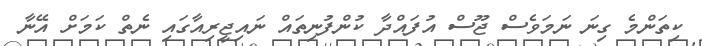
ކިތަންމެ ގިނަ ނަމަވެސް ޖޫސް އުފައްދާ ކުންފުނިތައް ނައިޖީރިއާގައި ނެތް ކަމަށް އޭނާ